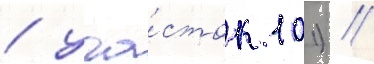
/ уча́сток 101) //